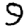
Digit: 9